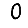
Digit: 0